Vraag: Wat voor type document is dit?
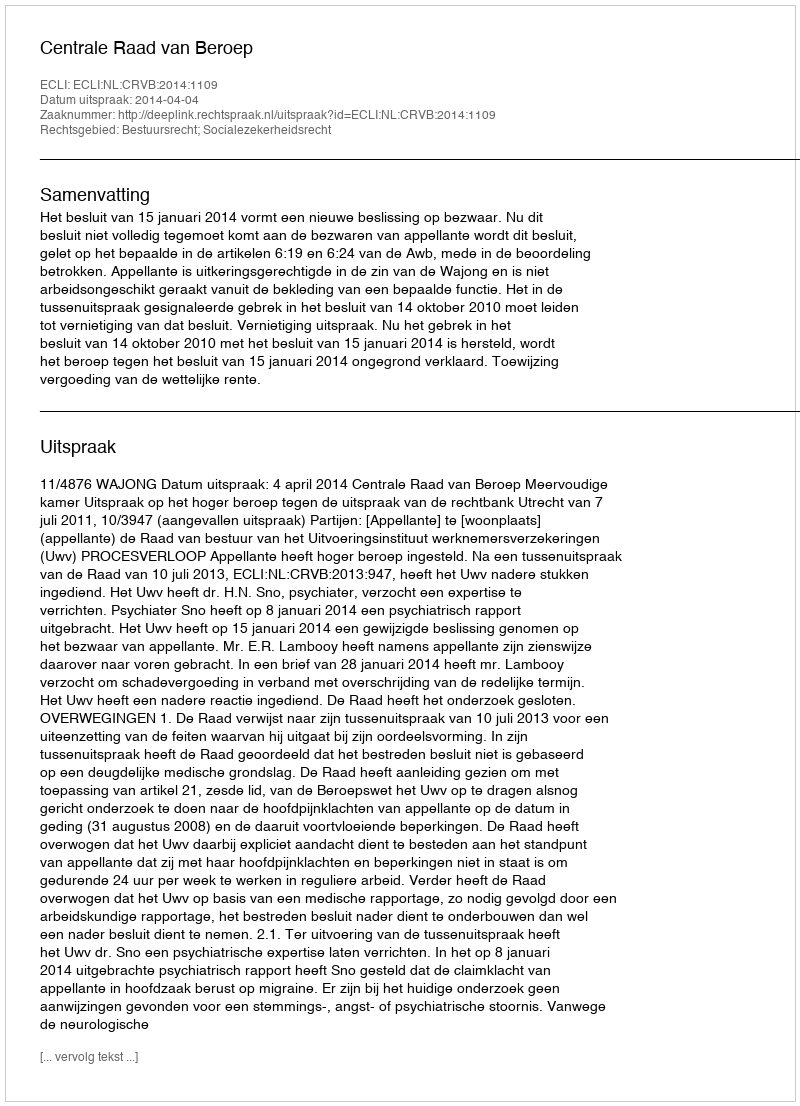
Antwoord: Uitspraak